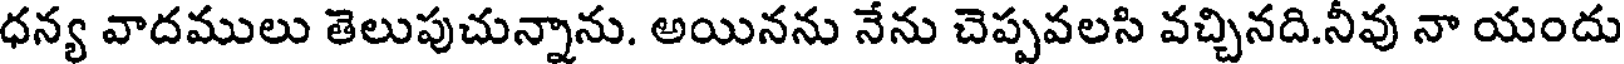
ధన్య వాదములు తెలుపుచున్నాను. అయినను నేను చెప్పవలసి వచ్చినది.నీవు నా యందు